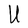
Character: U